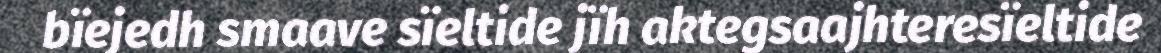
bïejedh smaave sïeltide jïh aktegsaajhteresïeltide